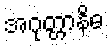
အဂုတ္တာနိဓ